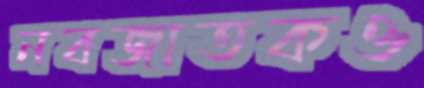
নবজাতকও